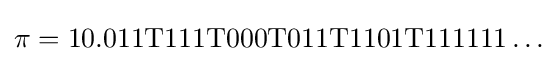
\pi =\mathrm {10.011T111T000T011T1101T111111} \ldots